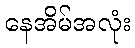
နေအိမ်အလုံး